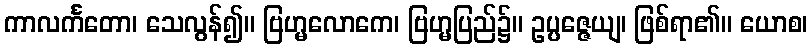
ကာလင်္ကတော၊ သေလွန်၍။ ဗြဟ္မလောကေ၊ ဗြဟ္မပြည်၌။ ဥပ္ပဇ္ဇေယျ၊ ဖြစ်ရာ၏။ ယောစ၊